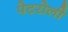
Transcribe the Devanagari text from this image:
पेटरोली